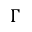
\Gamma